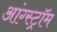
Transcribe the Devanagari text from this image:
आंग्स्ट्रॉम